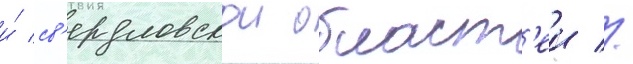
и́ св'ердловскои област'еи //